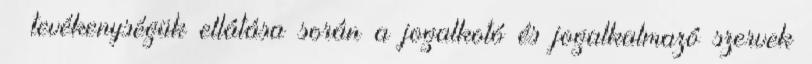
tevékenységük ellátása során a jogalkotó és jogalkalmazó szervek